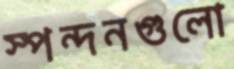
স্পন্দনগুলো